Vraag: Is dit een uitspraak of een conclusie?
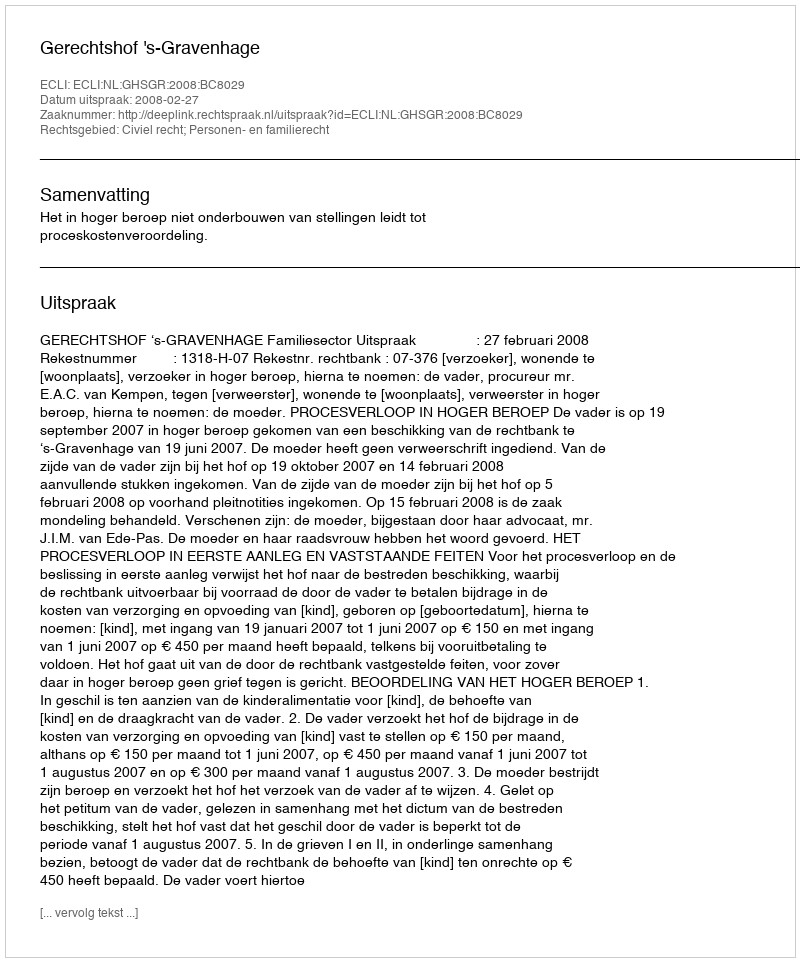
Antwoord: Uitspraak